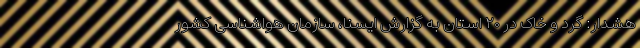
هشدار: گرد و خاک در ۲۰ استان به گزارش ایسنا، سازمان هواشناسی کشور